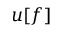
u [ f ]